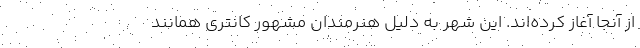
از آنجا آغاز کرده‌اند. این شهر به دلیل هنرمندان مشهور کانتری همانند